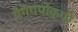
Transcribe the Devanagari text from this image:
यैंगैंगपोक्पी